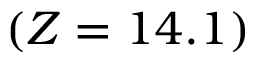
( Z = 1 4 . 1 )